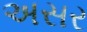
અસર